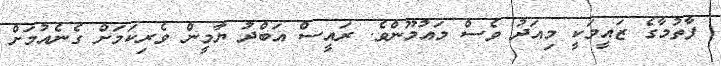
ފާތުމާގެ ޒައީމަކީ މިއަދު ވެސް މައުމޫންވެ. ރައީސް އަބްދު ޔާމީން ވެރިކަމަށް ގެނެއުމަށް